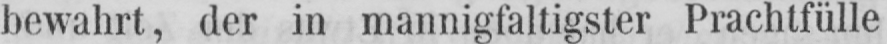
bewahrt, der in mannigfaltigster Prachtfülle